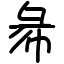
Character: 㣇